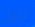
نزيل